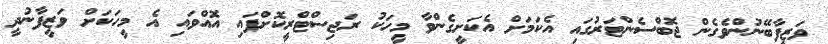
ވަޒީފާބޭނުންވެގެން ޖޮބްސެންޓަރުގައި އެކަމަށް އެކަށީގެންވާ މީހަކު ރަޖިސްޓްރީކޮށްފައި އޮއްވައި އެ މީހަކަށް ވަޒީފާނުދީ